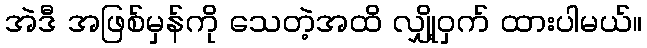
အဲဒီ အဖြစ်မှန်ကို သေတဲ့အထိ လျှို့ဝှက် ထားပါမယ်။